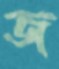
জ